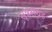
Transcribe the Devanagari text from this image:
सूत्रसंग्रह